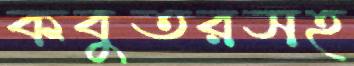
কবুতরসহ